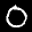
Label: 0